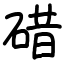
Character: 碏